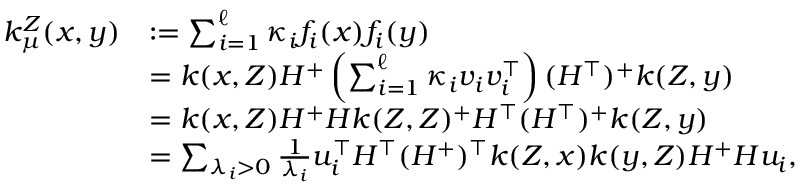
\begin{array} { r l } { k _ { \mu } ^ { Z } ( x , y ) } & { : = \sum _ { i = 1 } ^ { \ell } \kappa _ { i } f _ { i } ( x ) f _ { i } ( y ) } \\ & { = k ( x , Z ) H ^ { + } \left( \sum _ { i = 1 } ^ { \ell } \kappa _ { i } v _ { i } v _ { i } ^ { \top } \right) ( H ^ { \top } ) ^ { + } k ( Z , y ) } \\ & { = k ( x , Z ) H ^ { + } H k ( Z , Z ) ^ { + } H ^ { \top } ( H ^ { \top } ) ^ { + } k ( Z , y ) } \\ & { = \sum _ { \lambda _ { i } > 0 } \frac 1 { \lambda _ { i } } u _ { i } ^ { \top } H ^ { \top } ( H ^ { + } ) ^ { \top } k ( Z , x ) k ( y , Z ) H ^ { + } H u _ { i } , } \end{array}